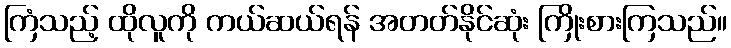
ကြံသည့် ထိုလူကို ကယ်ဆယ်ရန် အတတ်နိုင်ဆုံး ကြိုးစားကြသည်။